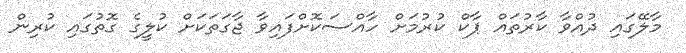
މާލޭގައި ދުއްވާ ކާރުތައް ޕާކް ކުރުމަށް ހާއްސަކޮށްފައިވާ ޖާގަތަކަށް ކުލީގެ ގޮތުގައި ކުރިން